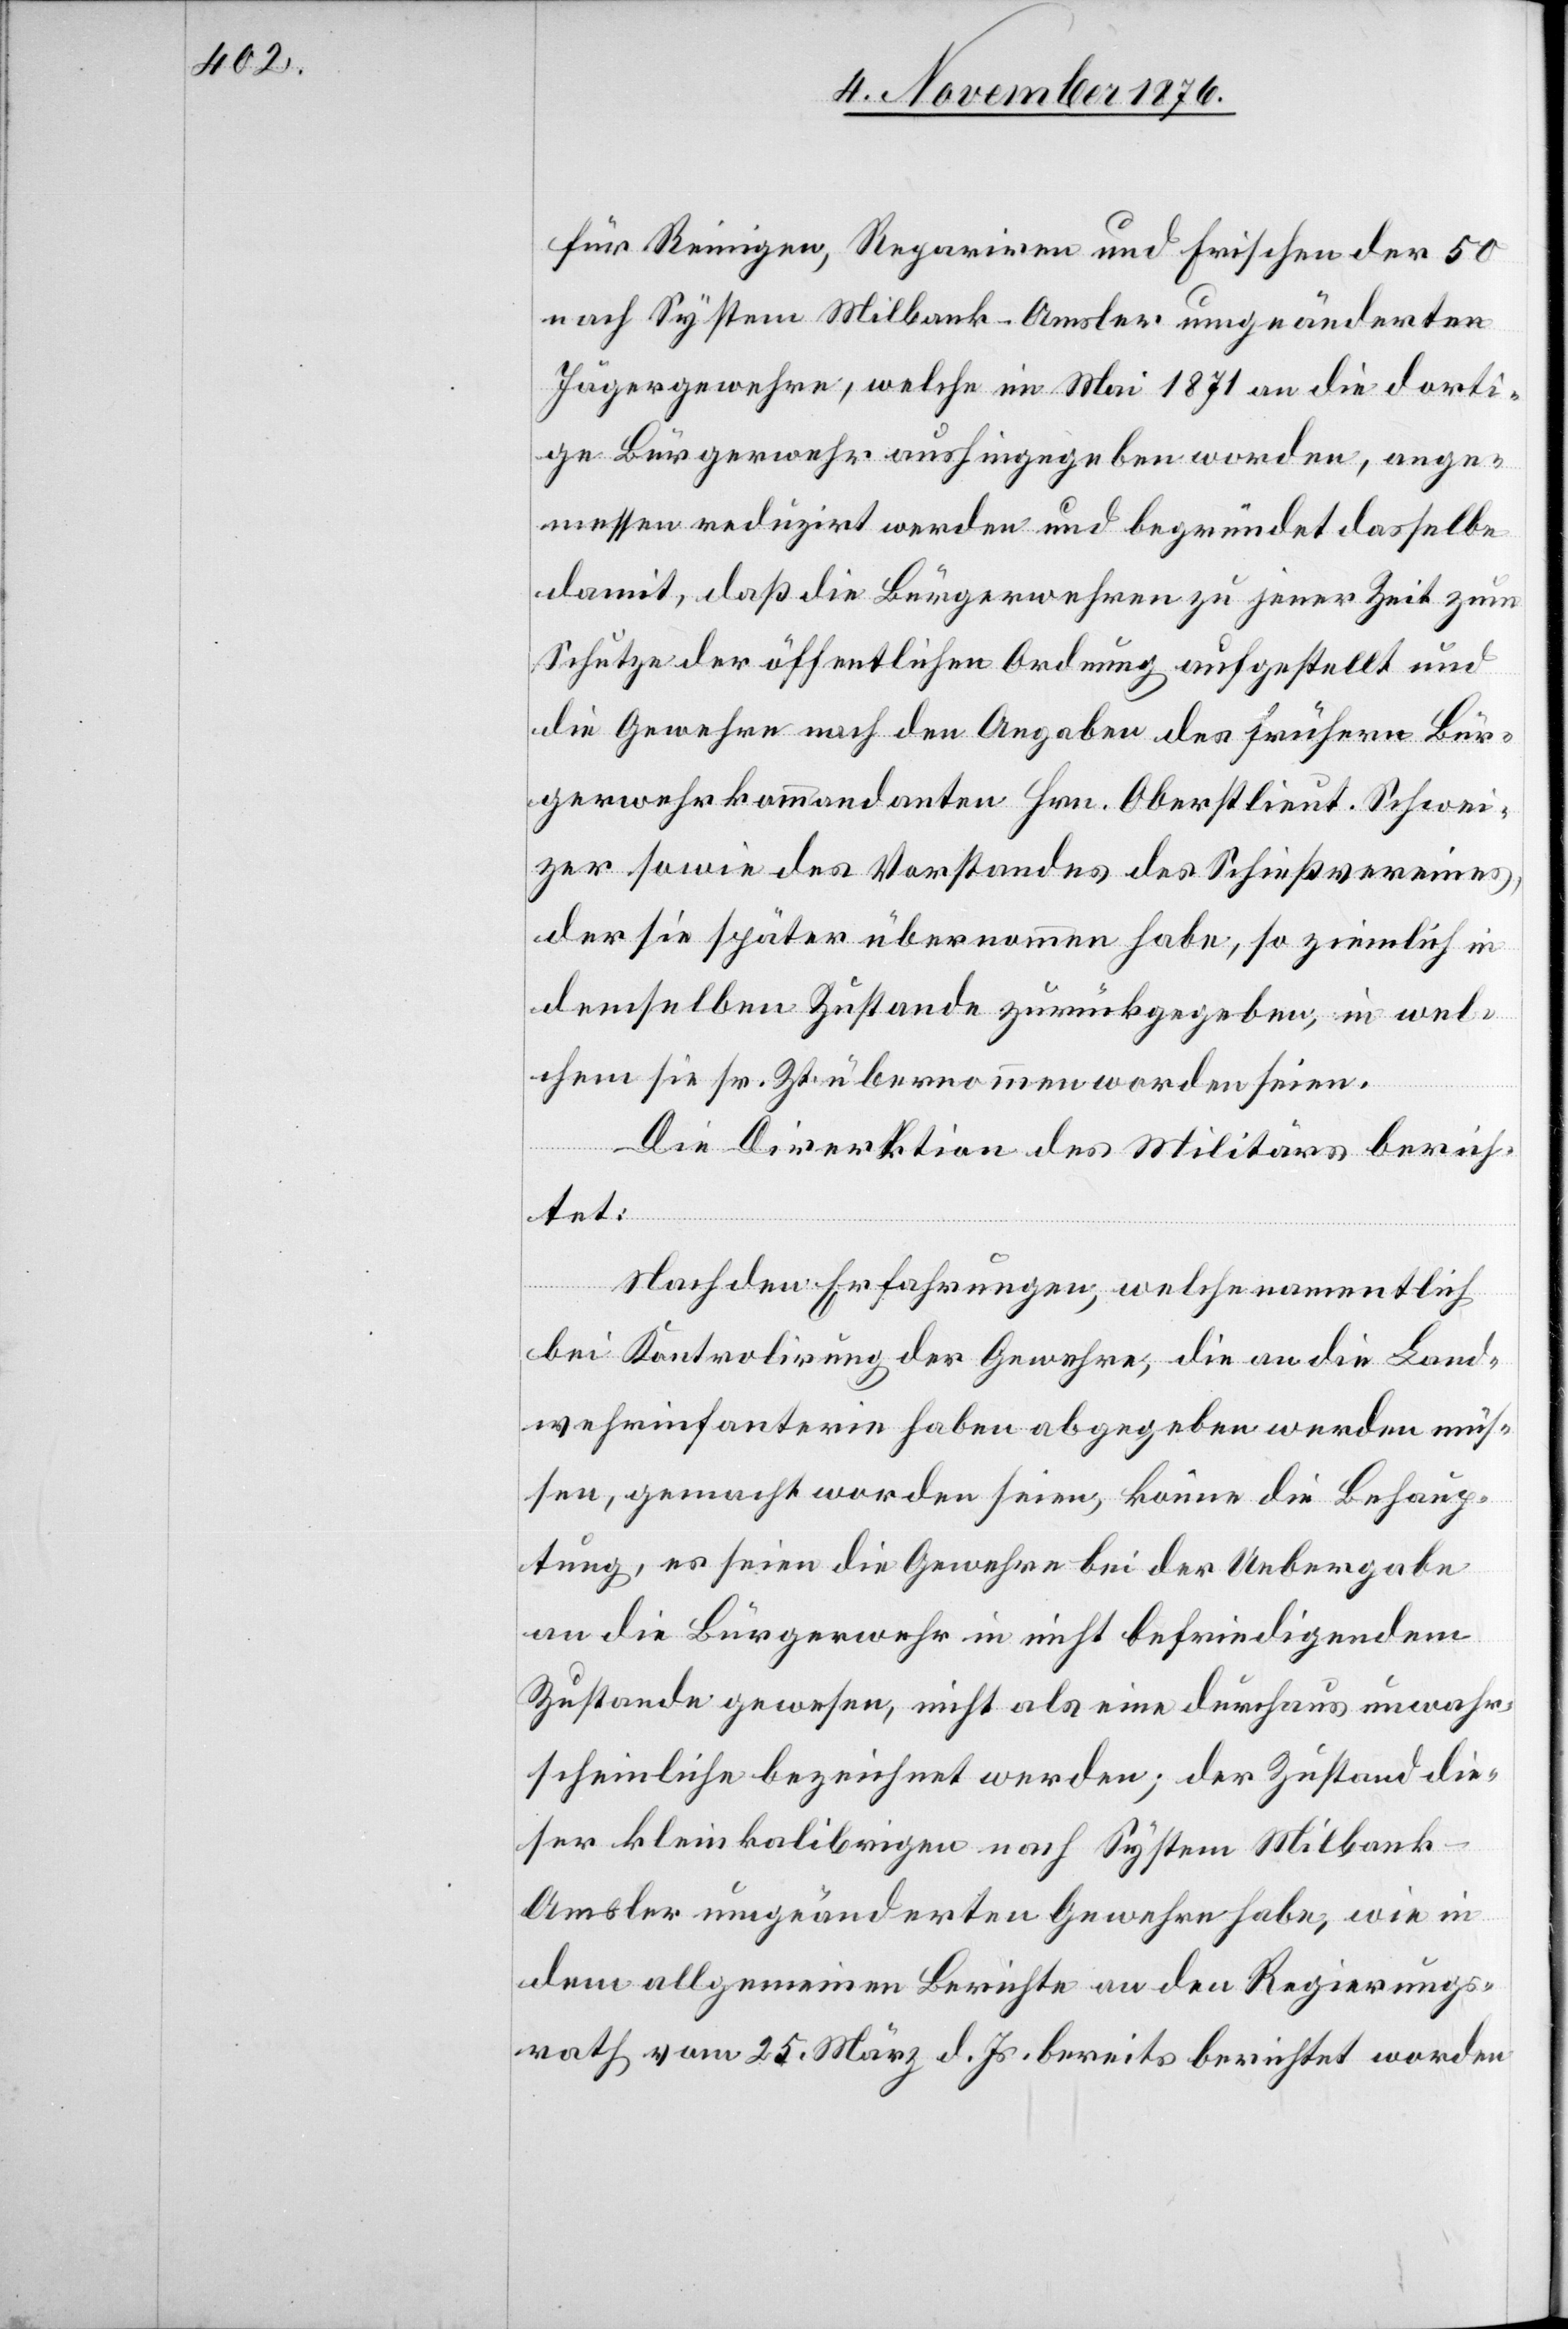
für Reinigen, Repariren und Frischen der 50
nach System Milbank-Amsler umgeänderten
Jägergewehre, welche im Mai 1871 an die dorti¬
ge Bürgerwehr aushingegeben worden, ange¬
messen reduziert werden und begründet dasselbe
damit, daß die Bürgerwehre zu jener Zeit zum
Schutze der öffentlichen Ordnung aufgestellt und
die Gewehre nach den Angaben des frühern Bür¬
gerwehrkommandanten Hrn. Oberstlieut. Schwei¬
zer sowie des Vorstandes des Schießvereines,
der sie später übernommen habe, so ziemlich in
demselben Zustande zurückgegeben, in wel¬
chem sie sr. Zt. übernommen worden seien.
Die Direktion des Militärs berich¬
tet:
Nach den Erfahrungen, welche namentlich
bei Kontrolirung der Gewehre, die an die Land¬
wehrinfanterie haben abgegeben werden müs¬
sen, gemacht worden seien, könne die Behaup¬
tung, es seien die Gewehre bei der Uebergabe
an die Bürgerwehr in nicht befriedigendem
Zustande gewesen, nicht als eine durchaus unwahr¬
scheinliche bezeichnet werden; der Zustand die¬
ser kleinkalibrigen nach System Milbank-A¬
msler umgeänderten Gewehre habe, wie in
dem allgemeinen Berichte an den Regierungs¬
rath vom 25. März d. Js. bereits berichtet worden